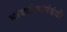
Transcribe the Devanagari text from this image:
भावगीतासंबंधी